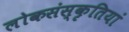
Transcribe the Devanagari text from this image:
लोकसंस्कृतियां